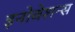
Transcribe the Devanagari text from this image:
इनोवेशन्स